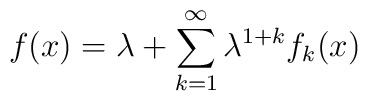
f(x) = \lambda + \sum_{k=1}^\infty \lambda^{1+k} f_k (x)